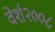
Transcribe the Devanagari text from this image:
वेर्श२००८